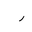
Letter: _ra